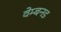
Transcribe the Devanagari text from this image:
वेम्बनड